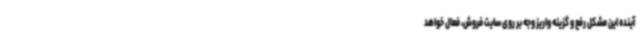
آینده این مشکل رفع و گزینه واریز وجه بر روی سایت فروش، فعال خواهد